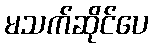
မသက်ဆိုင်ပေ